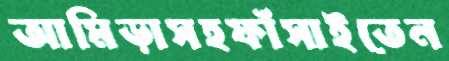
আমিড়াসহফাঁসাইতেন